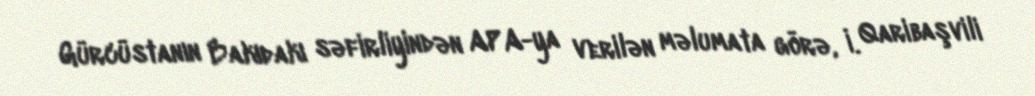
Gürcüstanın Bakıdakı səfirliyindən APA-ya verilən məlumata görə, İ. Qaribaşvili